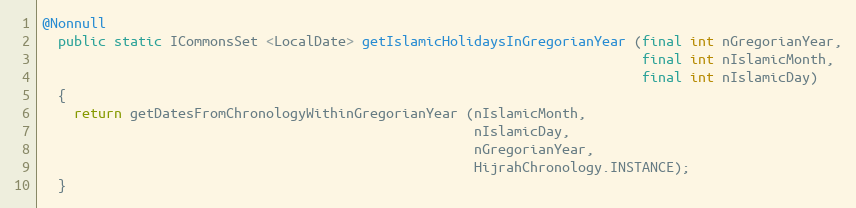
Language: Java
@Nonnull
  public static ICommonsSet <LocalDate> getIslamicHolidaysInGregorianYear (final int nGregorianYear,
                                                                           final int nIslamicMonth,
                                                                           final int nIslamicDay)
  {
    return getDatesFromChronologyWithinGregorianYear (nIslamicMonth,
                                                      nIslamicDay,
                                                      nGregorianYear,
                                                      HijrahChronology.INSTANCE);
  }